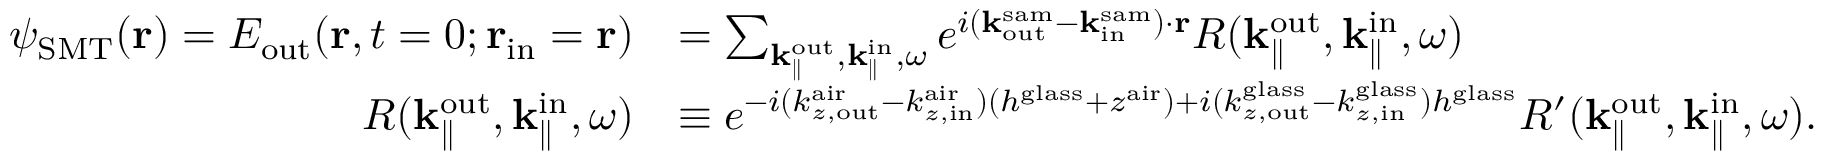
\begin{array} { r l } { \psi _ { \mathrm { S M T } } ( { \bf r } ) = E _ { \mathrm { o u t } } ( { \bf r } , t = 0 ; { \bf r } _ { \mathrm { i n } } = { \bf r } ) } & { = \sum _ { { \bf k } _ { \parallel } ^ { \mathrm { o u t } } , { \bf k } _ { \parallel } ^ { \mathrm { i n } } , \omega } e ^ { i ( { \bf k } _ { \mathrm { o u t } } ^ { \mathrm { s a m } } - { \bf k } _ { \mathrm { i n } } ^ { \mathrm { s a m } } ) \cdot { \bf r } } R ( { \bf k } _ { \parallel } ^ { \mathrm { o u t } } , { \bf k } _ { \parallel } ^ { \mathrm { i n } } , \omega ) } \\ { R ( { \bf k } _ { \parallel } ^ { \mathrm { o u t } } , { \bf k } _ { \parallel } ^ { \mathrm { i n } } , \omega ) } & { \equiv e ^ { - i ( k _ { z , \mathrm { o u t } } ^ { \mathrm { a i r } } - k _ { z , \mathrm { i n } } ^ { \mathrm { a i r } } ) ( h ^ { \mathrm { g l a s s } } + z ^ { \mathrm { a i r } } ) + i ( { k } _ { z , \mathrm { o u t } } ^ { \mathrm { g l a s s } } - { k } _ { z , \mathrm { i n } } ^ { \mathrm { g l a s s } } ) h ^ { \mathrm { g l a s s } } } R ^ { \prime } ( { \bf k } _ { \parallel } ^ { \mathrm { o u t } } , { \bf k } _ { \parallel } ^ { \mathrm { i n } } , \omega ) . } \end{array}